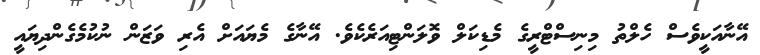
އޭނާއަކީވެސް ހެލްތު މިނިސްޓްރީގެ މެޑިކަލް ވޮލަންޓިއަރެކެވެ. އޭނާގެ މެޔައަށް އެރި ވަޒަން ނުކުމެގެންދިޔައީ